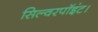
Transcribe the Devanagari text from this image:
सिल्वरपॉइंट।